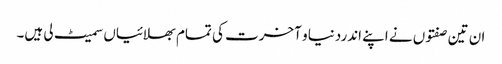
ان تین صفتوں نے اپنے اندردنیا و آخرت کی تمام بھلائیاں سمیٹ لی ہیں۔